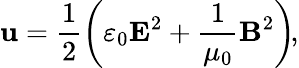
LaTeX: \mathbf{u}={\frac{{1}}{{2}}}\! \left(\varepsilon_{0}\mathbf{{E}}^{2}+{\frac{{1}}{{\mu_{0}}}}\mathbf{{B}}^{2}\right)\! ,